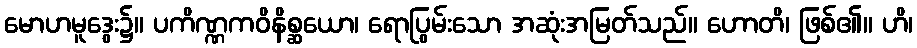
မောဟမူဒွေး၌။ ပကိဏ္ဏကဝိနိစ္ဆယော၊ ရောပြွမ်းသော အဆုံးအမြတ်သည်။ ဟောတိ၊ ဖြစ်၏။ ဟိ၊